Annual report on the lock hospitals of the Madras Presidency
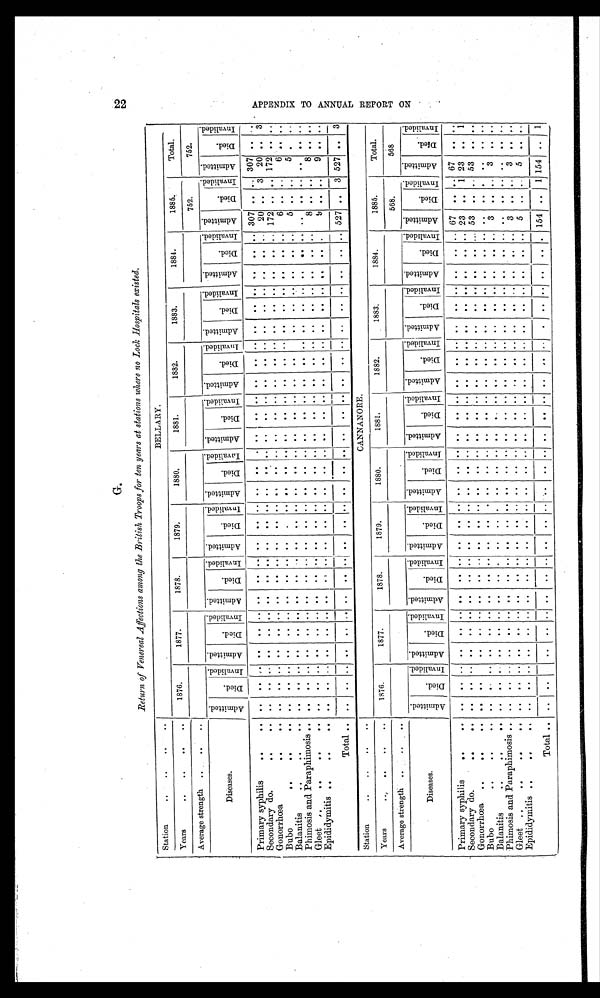
G. 22
Return of Venereal Affections among Me British Troops for ten years at stations where no Lock Hospitals existed.
Station
.. . .
BELLARY.
Years
.. .. ..
. .
1876.
1877.
1878.
1879.
1880,
1881.
1882.
1883.
1884.
1885.
Total.
Average.strength . .
752.
752.
Diseases.
A d m i t t e d .
D i e d .
I n v a l i d e d . A d m i t t e d .
D i e d . I n v a l i d e d .
A d m i t t e d .
D i e d . I n v a l i e d .
A d m i t t e d .
D i e d . I nval i ded.
A d m i t t e d .
D i e d .
I n v a l i d e d .
A d m i t t e d .
D i e d .
I n v a l i d e d . A d m i t t e d .
D i e d . I n v a l i d e d .
A d m i t t e d .
D i e d .
I n v a l i d e d .
A d m i t t e d .
D i e d .
I n v a l i d e d . A d m i t t e d .
Di e d .
I n v a l i d e d . A d m i t t e d .
D i e d .
I n v a l i d e d .
Primary syphilis
..
. . .. . . . . .. .. . . . .
. . . . . .
. .
. . . . . . .. . . .. . . . . . . . . . . .. .. . . . . 307 .. . . 307 . . . .
Secondary do.
..
. . . .
. . . . . . . . . . . .
. . . . . .
. . . . . . . . .
. . . . . . . . .. . . . . . . . . . . .. .. . . . . 20 .. 3 20 . . 3
Gonorrhoea
..
.. .. . . . . . . .. . . . . .
. . . . . .
. . . . . . . . . . . . . . .. . . . . . . . . .. .. ..
. . . . 172 .. . . 172 . . . .
Bubo
..
..
. . .. . . . . . . ..
. . . . . . . . . . . . .
. . . . . . . . .. . . . . . . . .. ..
. . . . . 6 .. . . 6 . . . .
Balanitis
..
. . . . . .
. . . . . . . . . . . . .
. . . . . . . . . . . . . . . . . . . . . .. . . . . . . . . . . .
.. . . . . 5 .. . . 5 . . . A P P E N D I X T O A N N U A L R E P O R T O N .
Phimosis and Paraphimosis.. .. .. . . . . .. . . . .
. . . . . .
. . . . . . . . . . . . . . . . . . .. . . . . . . . . . . . ..
. . . . . . .. . . . . . . . .
Gleet .. ..
.. .. . .
. . . . . . . . . . . .
. . . . . .
. . . . . .
. . . . . . . . .. . . . . . . . . . . .. .. . . . . 8 .. . . 8 . . . .
Epididymitis ..
..
. . .. . . . . . . .. . . . .
. . . . . .
. . .. . .
. . . . . . .. .. .. . . . . . . .. .. ..
. . . . 9 .. . . 9 . . . .
Total . . .. . . . . . . . . . . . .
. . . . . .
. . .. . . . . . . .. . . ..
. . . . . . . . . . .. ..
. . . . 527 .. 3 527 . . 3
Station
. .
. .
. .
. .
CANNANORE.
Years..
..
. . 1876.
1877.
1878.
1879.
1880.
1881.
1882.
1883.
1884.
1885.
Total.
Average strength .. ...
568.
568
Diseases.
A d m i t t e d .
D i e d .
I n v a l i d e d . A d m i t t e d .
Di ed.
I n v a l i d e d . A d m i t t e d .
D i e d .
I n v a l i d e d .
A d m i t t e d .
D i e d .
I n v a l i d e d .
I n v a l i d e d .
D i e d .
I n v a l i d e d . A d m i t t e d .
D i e d .
I n v a l i d e d . A d m i t t e d .
D i e d .
I n v a l i d e d . A d m i t t e d .
D i e d .
I n v a l i d e d . A d m i t t e d .
D i e d .
I n v a l i d e d . A d m i t t e d .
D i e d .
I n v a l i d e d . A d m i t t e d .
D i e d .
I n v a l i d e d .
Primary syphilis
..
. . .. . . . . . . .. . . . .
. . . . . .
. . .. . . . . . . . . . . .. . . . . . . . .
. . .. .. . . . . 67 . . . . 67 . . . . .
Secondary do.
..
. . . .
. . . . . . . . . . . .
. . . . . .
, , .. . . . . . . . . . . . . . . .. . . . . . . . .
. . .. .. . . . . 23 . . 1 23 . . 1
Gonorrhea ..
..
. . . .
. . . . . . . . . . . .
. . . . . .
. . .. . .
. . . . . . . . . . . . . .. . . . . . . . .
.. .. .. . . . . 53 .. . . 53
. . . .
Bubo
..
..
. . . .
. . . . . . . . . . . . .
. . . . . .
. . . . . . . . . . . . . . .. . . . . . . . .
. . .. .. . . . . . . . . . . . .
. . . .
Balanitis
..
. .
.. .. . . . . .. . .
. . . . .
. . .. . . . .
.. ..
.. .. . . . . . . .. ..
. . . . 3 . . . . 3 . . . .
Phimosis and Paraphimosis .. .. .. . . . . . . . . . .
. . . . . .
. . .. . . . . . . . . . . .. . . . . . . . .
. . .. .. . . . . . .
. . . . . . . . . .
Gleet ..
..
..
. . . .
. . . . . . . . . . . .
. . . . . .
. . .. . . . . . . . . . . .. . . . . . . . .
. . .. .. . . . . 3 . . . . 3 . . . .
Epididymitis . . . . . . .
. . .. . . . .
..
. . . . . . . . . . . .
..
. . . . . . .. .. .. ..
. . . . . . .. .. ..
. . . . 5 . . . . . . , 5 . . . .
T o t a.. .. .. . . , . . . .
..
. . . . . . . . . . . . .
..
. . . . . . . .. .. .. . . . . . . . . .. . . . . . .. . . . . 154 . . 1 154 . . 1